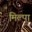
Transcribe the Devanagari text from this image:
मिल्पा